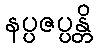
နပ္ပဇပ္ပန္တိ